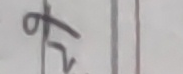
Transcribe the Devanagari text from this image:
त्र